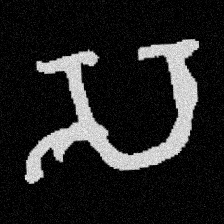
Pyu character \u2014 Myanmar letter: သ (romanized: sa)